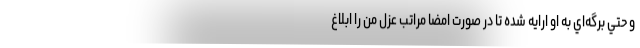
و حتي برگه‌اي به او ارايه شده تا در صورت امضا مراتب عزل من را ابلاغ